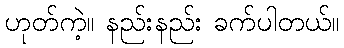
ဟုတ်ကဲ့။ နည်းနည်း ခက်ပါတယ်။